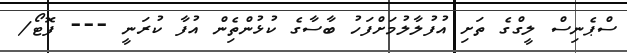
ސްޕެނިސް ލީގްގެ ތަށި އުފުލާލުމަށްފަހު ބާސާގެ ކުޅުންތެިން އުފާ ކުރަނީ --- ފޮޓޯ/